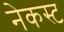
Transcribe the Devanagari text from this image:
नेकस्ट